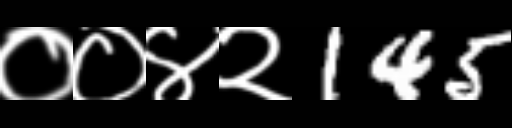
Text: ००४२145